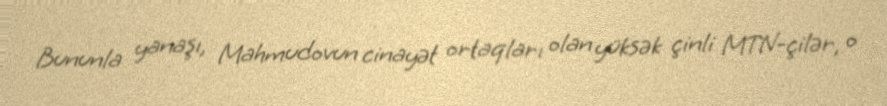
Bununla yanaşı, Mahmudovun cinayət ortaqları olan yüksək çinli MTN-çilər, o